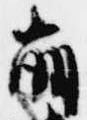
崩